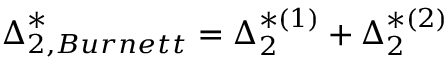
{ \boldsymbol { \Delta } } _ { 2 , B u r n e t t } ^ { * } = { \boldsymbol { \Delta } } _ { 2 } ^ { * ( 1 ) } + { \boldsymbol { \Delta } } _ { 2 } ^ { * ( 2 ) }